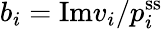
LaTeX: b_{i}=\mathrm{Im}v_{i}/p_{i}^{\mathrm{ss}}